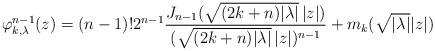
LaTeX: \begin{align*} \varphi_{k,\lambda}^{n-1}(z) = (n-1)! 2^{n-1} \frac{ J_{n-1}(\sqrt{(2k+n)|\lambda|}\,|z|)}{(\sqrt{(2k+n)|\lambda|}\,|z|)^{n-1}} + m_k( \sqrt{|\lambda|} |z|) \end{align*}